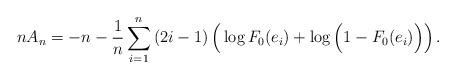
LaTeX: \begin{align*}nA_n = -n-\frac{1}{n}\sum_{i=1}^n\left(2i-1\right)\Big( \log F_0(e_i)+ \log\left(1-F_0(e_i)\Big)\right).\end{align*}